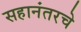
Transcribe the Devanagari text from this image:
सहानंतरचे